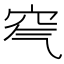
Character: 𥤶